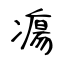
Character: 瘍